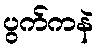
ပွက်ကနဲ